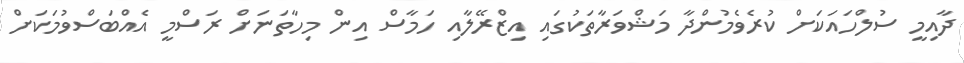
ދާއިމީ ސުލްހައަކަށް ކުރެވެމުންދާ މަޝްވަރާތަކުގައި އިޒްރޭލާއި ހަމާސް އިން މިހާތަނަށް ރަސްމީ އެއްބަސްވުމަކަށް